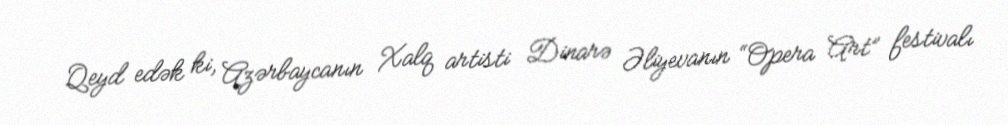
Qeyd edək ki, Azərbaycanın Xalq artisti Dinarə Əliyevanın “Opera Art” festivalı